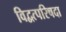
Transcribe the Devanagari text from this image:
विद्वत्परिषदा